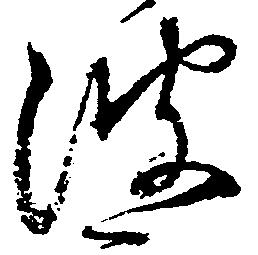
波